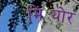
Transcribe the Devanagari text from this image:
मिट्योर